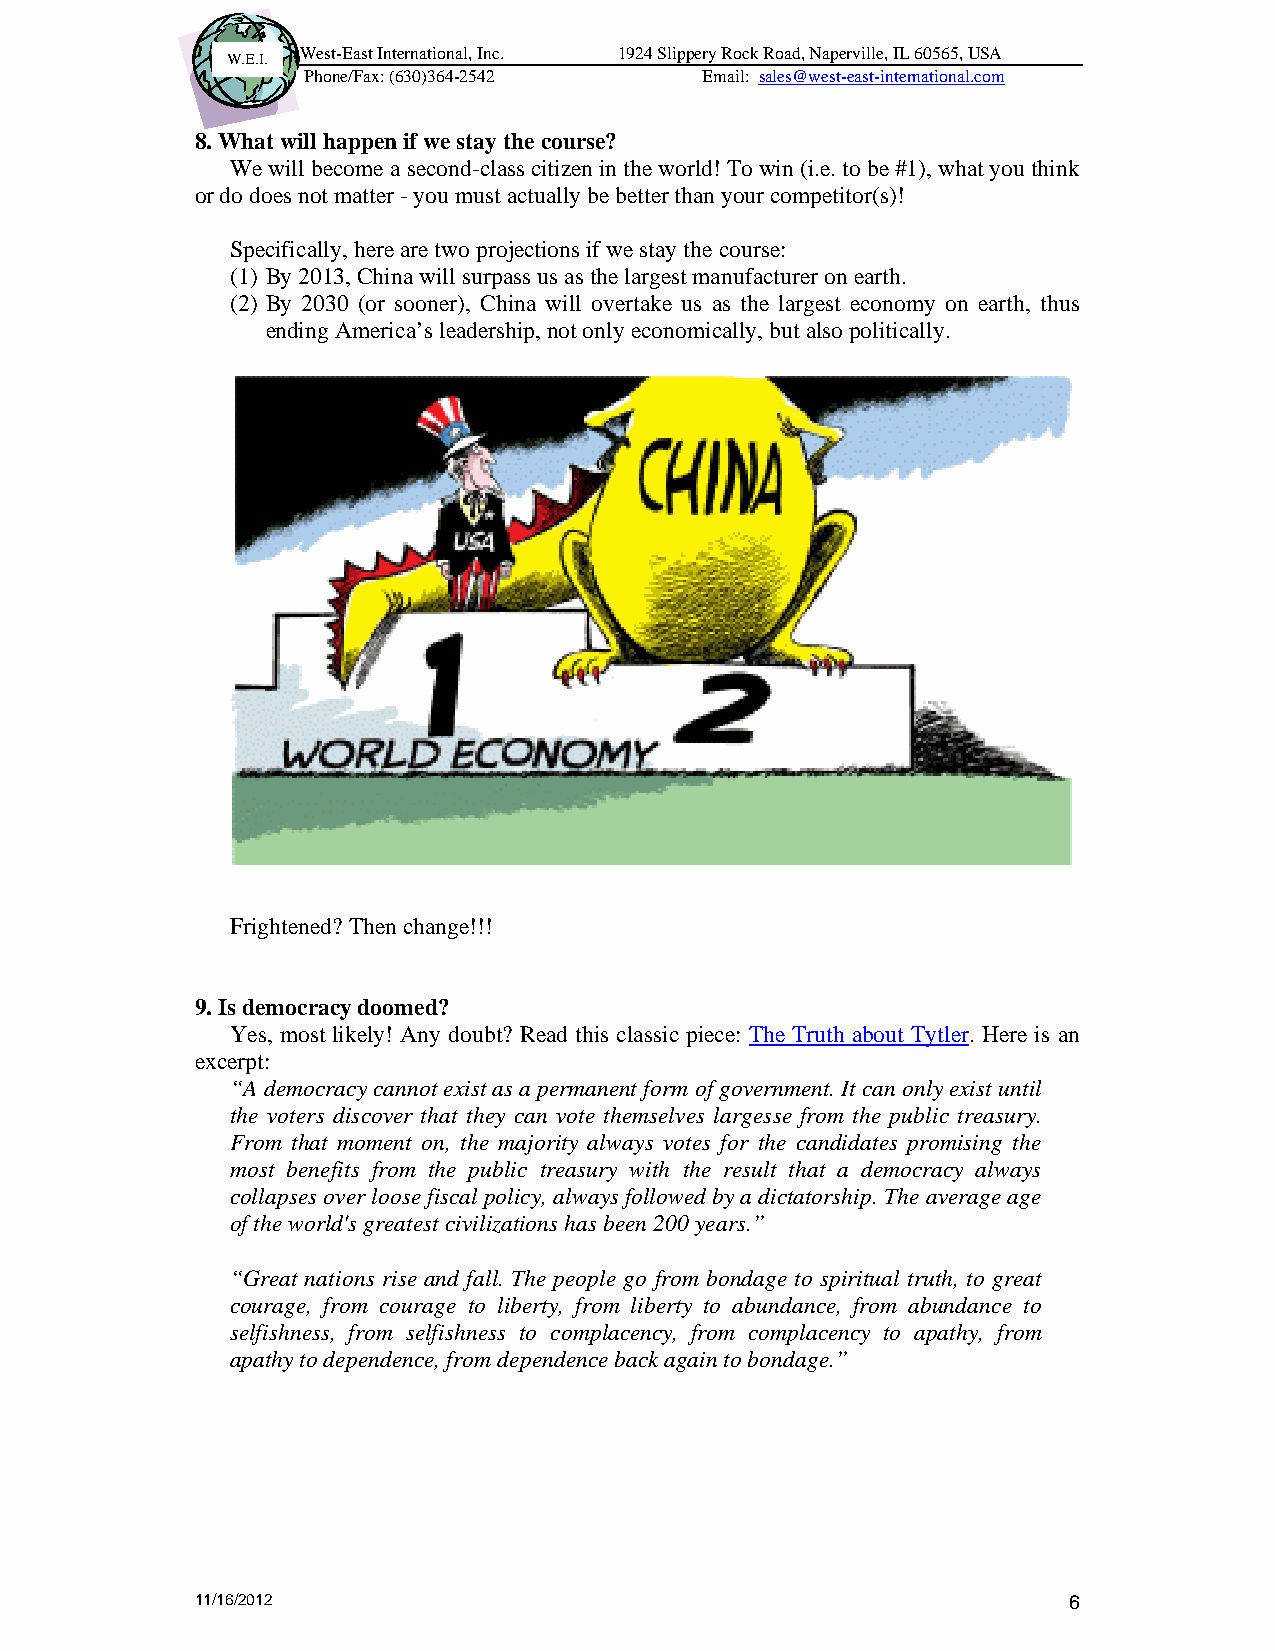
West-East International, Inc. 1924 Slippery Rock Road, Naperville, IL 60565, USA
 W.E.I.
 Phone/Fax: (630)364-2542   Email: sales@west-east-international.com
 8. What will happen if we stay the course?
 We will become a second-class citizen in the world! To win (i.e. to be #1), what you think
 or do does not matter - you must actually be better than your competitor(s)!
 Specifically, here are two projections if we stay the course:
 (1) By 2013, China will surpass us as the largest manufacturer on earth.
 (2) By 2030 (or sooner), China will overtake us as the largest economy on earth, thus
 ending America’s leadership, not only economically, but also politically.
 Frightened? Then change!!!
 9. Is democracy doomed?
 Yes, most likely! Any doubt? Read this classic piece: The Truth about Tytler. Here is an
 excerpt:
 “A democracy cannot exist as a permanent form of government. It can only exist until
 the voters discover that they can vote themselves largesse from the public treasury.
 From that moment on, the majority always votes for the candidates promising the
 most benefits from the public treasury with the result that a democracy always
 collapses over loose fiscal policy, always followed by a dictatorship. The average age
 of the world's greatest civilizations has been 200 years.”
 “Great nations rise and fall. The people go from bondage to spiritual truth, to great
 courage, from courage to liberty, from liberty to abundance, from abundance to
 selfishness, from selfishness to complacency, from complacency to apathy, from
 apathy to dependence, from dependence back again to bondage.”
 11/16/2012                                                6